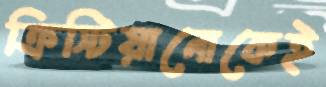
ক্রিস্টিয়ানোকেই